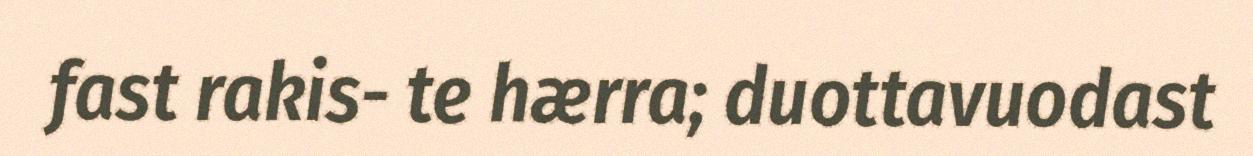
fast rakis- te hærra; duottavuodast